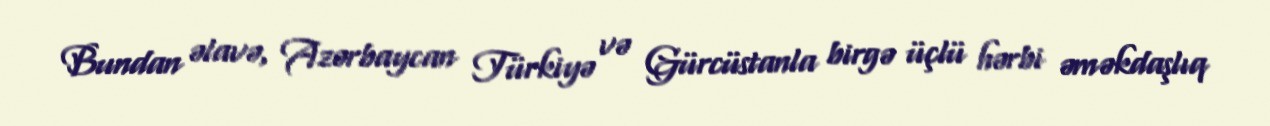
Bundan əlavə, Azərbaycan Türkiyə və Gürcüstanla birgə üçlü hərbi əməkdaşlıq